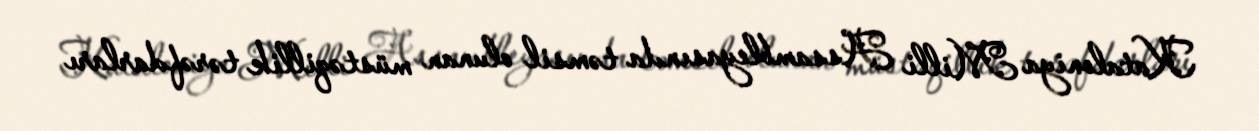
Kataloniya Milli Assambleyasında təmsil olunan müstəqillik tərəfdarları